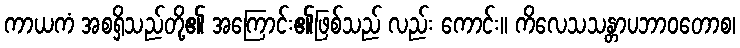
ကာယကံ အစရှိသည်တို့၏ အကြောင်း၏ဖြစ်သည် လည်း ကောင်း။ ကိလေသသန္တာပဘာဝတောစ၊